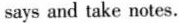
says and take notes.